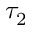
\tau _ { 2 }